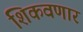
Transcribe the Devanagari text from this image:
शिकवणार